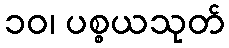
၁၀၊ ပစ္စယသုတ်